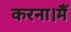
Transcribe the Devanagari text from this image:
करना।मैं